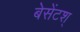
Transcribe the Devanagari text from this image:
बेसेंटश्